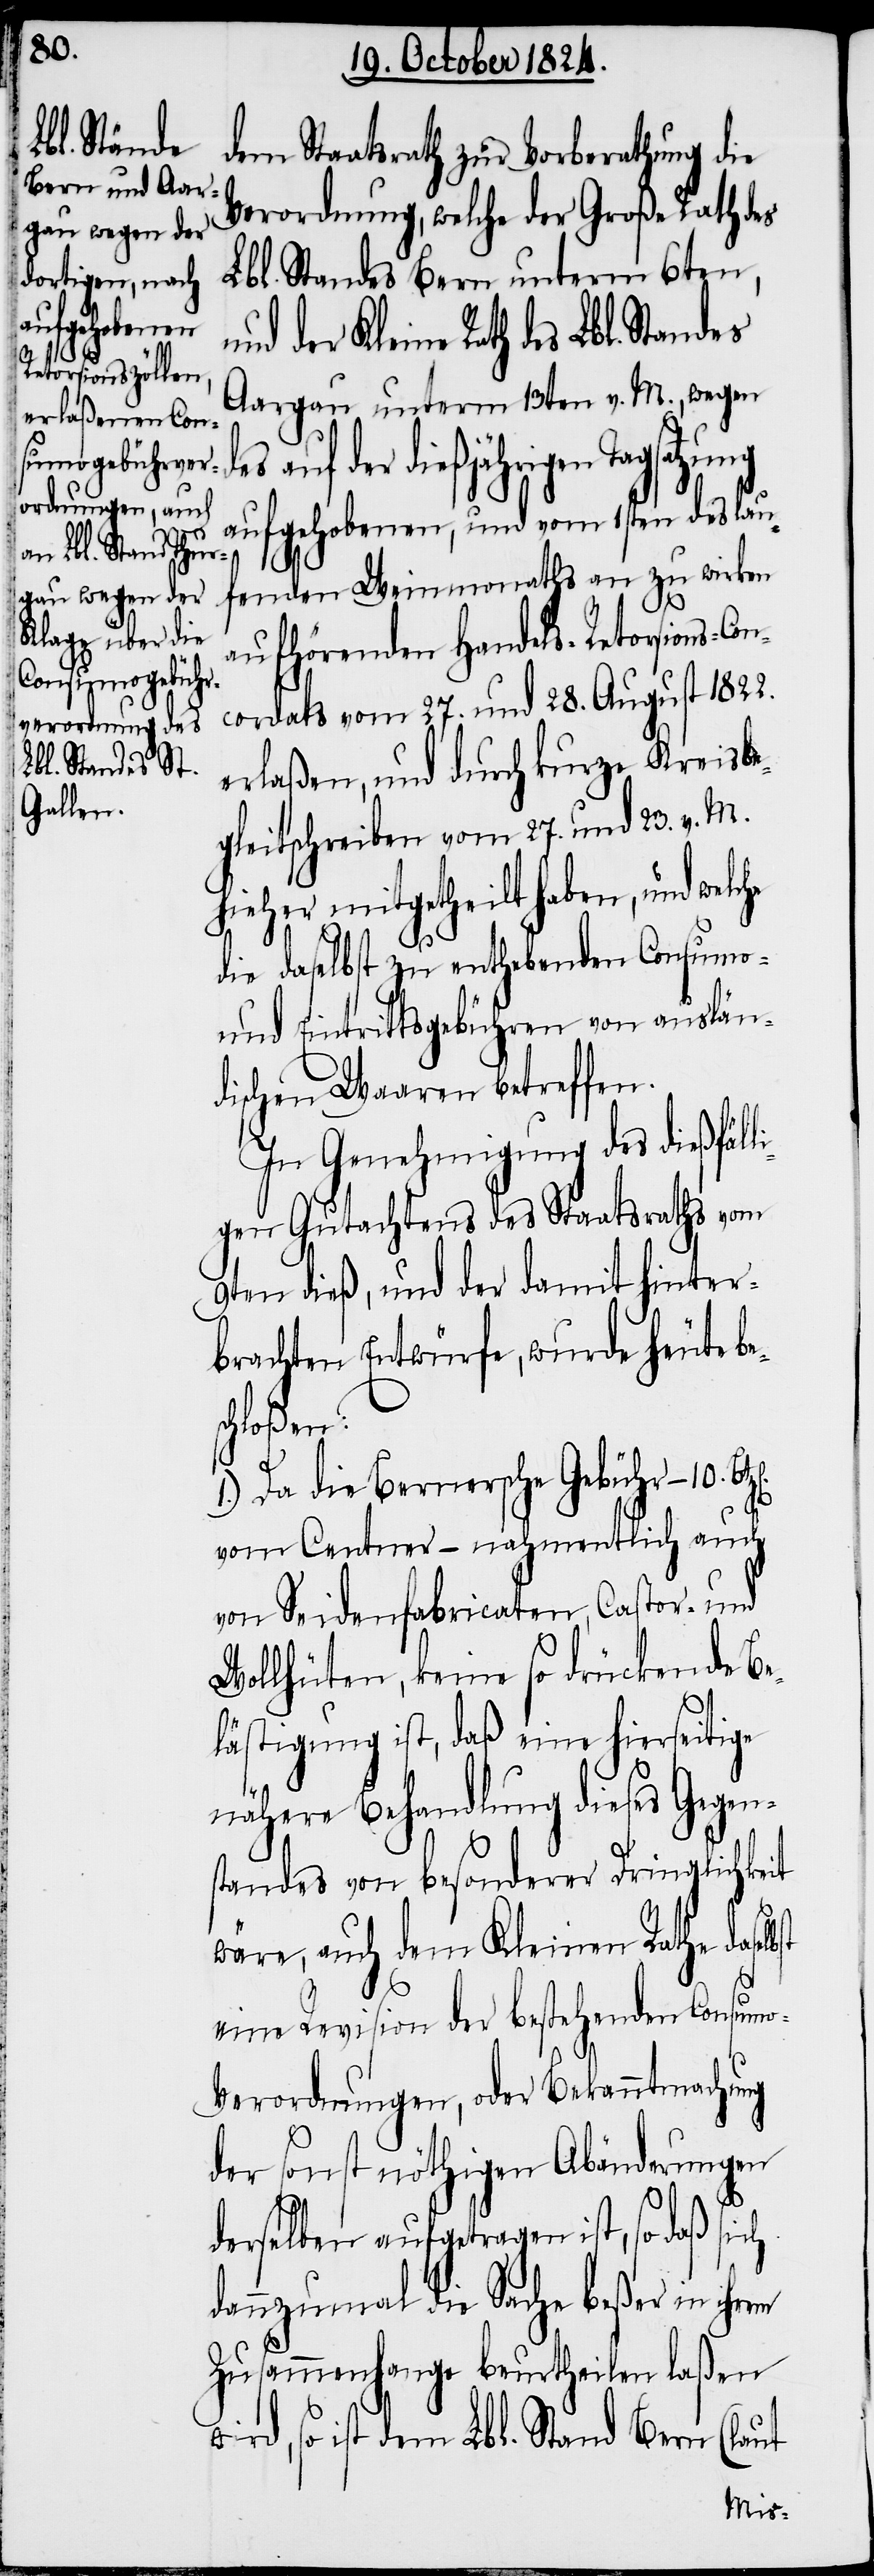
Lbl. Standes
ch

dem Staatsrath zur Vorberathung die
Verordnung, welche der Große Rath des
Lbl. Standes Bern unterm 6ten,
Aargau unterm 13ten v. M., wegen
der dießjährigen Tagsatzung
aufgehobenen, und vom 1sten des lau¬
fenden Weinmonaths an zu wirken
aufhörenden Handels-Retorsions-Con¬
cordats vom 27. und 28. August 1822.
erlaßen, und durch kurze Kreisbe¬
gleitschreiben vom 27. und 23. v. M.
hieher mitgetheilt haben, und welc¬
die daselbst zu enthebenden Consumo-
und Eintrittsgebühren von auslän¬
dischen Waaren betreffen.
In Genehmigung des dießfäll¬
igen Gutachtens des Staatsraths vom
9ten dieß, und der damit hinter¬
brachten Entwürfe, wurde heute be¬
schloßen:
1.) Da die Bernersche Gebühr – 10.
vom Centner – nahmentlich auch
von Seidenfabricaten, Castor- und
Wollhüten, keine so drückende Be¬
lästigung ist, daß eine hierseitige
nähere Behandlung dieses Gegen¬
standes von besonderer Dringlichkeit
wäre, auch dem Kleinen Rathe dasel¬
eine Revision der bestehenden Consumo-V¬
erordnungen, der Bekanntmachung
der sonst nöthigen Abänderungen
derselben aufgetragen ist, so daß si¬
dannzumal die Sache beßer in ihrem
Zusammenhange beurtheilen laßen
wird, so ist dem Lbl. Stand Bern (laut